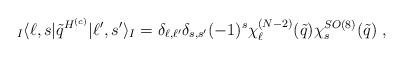
LaTeX: \begin{align*}{}_I\langle\ell,s |\tilde q^{H^{(c)}}|\ell',s'\rangle_I=\delta_{\ell,\ell'}\delta_{s,s'}(-1)^s\chi_{\ell}^{(N-2)}(\tilde q)\chi_s^{SO(8)}(\tilde q)~,\end{align*}